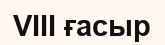
VIII ғасыр